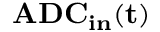
\mathbf { A D C _ { i n } ( t ) }